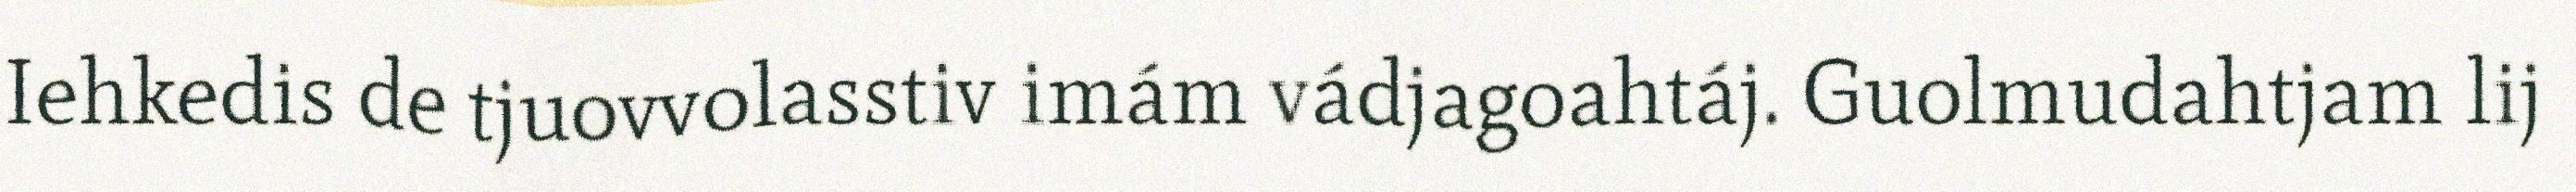
Iehkedis de tjuovvolasstiv imám vádjagoahtáj. Guolmudahtjam lij